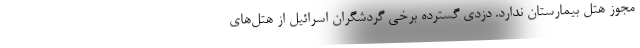
مجوز هتل بیمارستان ندارد. دزدی گسترده برخی گردشگران اسرائیل از هتل‌های